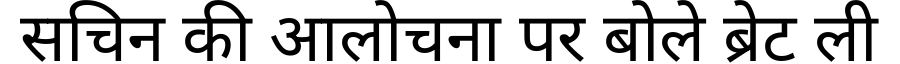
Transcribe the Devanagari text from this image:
सचिन की आलोचना पर बोले ब्रेट ली